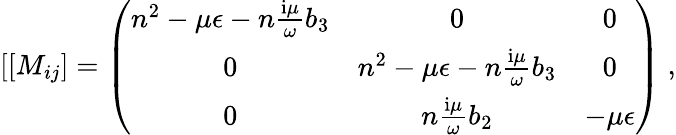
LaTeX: [\lbrack M_{ij}]=\left(\begin{array}{ccc}{n^{2}-\mu\epsilon-n\frac{\mathrm{i}\mu}{\omega}b_{3}}&{0}&{0}\\ {0}&{n^{2}-\mu\epsilon-n\frac{\mathrm{i}\mu}{\omega}b_{3}}&{0}\\ {0}&{n\frac{\mathrm{i}\mu}{\omega}b_{2}}&{-\mu\epsilon}\end{array}\right)\; ,